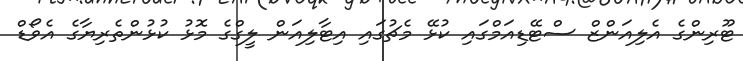
ޓޫރިންގެ އެލިއަންޒް ސްޓޭޑިއަމްގައި ކުޅޭ މެޗުގައި އިޓާލިއަން ލީގްގެ މޮޅު ކުޅުންތެރިޔާގެ އެވޯޑް